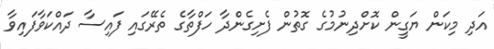
އަދި މިކަން ޔަގީން ކޮށްދިނުމުގެ ގޮތުން ފެށިގެންދާ ހަފްތާގެ ތެރޭގައި ފައިސާ ދައްކަވާފައިވާ